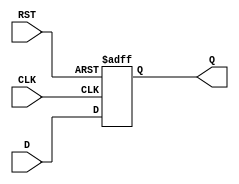
module FlipFlopRegister #(
    parameter N = 8  // Default size of the register is 8 bits
) (
    input wire [N-1:0] D,    // Data input
    input wire CLK,           // Clock input
    input wire RST,           // Reset input
    output reg [N-1:0] Q      // Data output
);

// Sequential logic for the flip-flop register
always @(posedge CLK or posedge RST) begin
    if (RST) begin
        // Asynchronous reset
        Q <= {N{1'b0}}; // Reset all flip-flops to 0
    end else begin
        // Store data on the rising edge of the clock
        Q <= D; // Capture input data
    end
end

endmodule